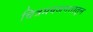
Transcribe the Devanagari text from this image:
चित्रमयजगतातून